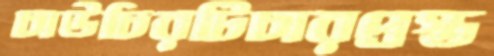
চাউচিরটিচারপ্রস্ত